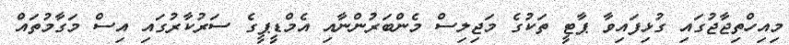
މިއިހްތިޖާޖުގައި ގުޅިފައިވާ ޕާޓީ ތަކުގެ މަޖިލިސް މެންބަރުންނާއި އެމްޑީޕީގެ ސަރުކާރުގައި އިސް މަގާމުތައް